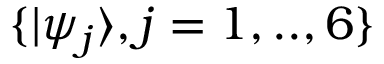
\{ | \psi _ { j } \rangle , j = 1 , . . , 6 \}